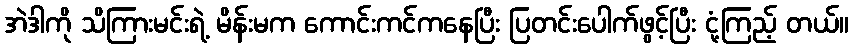
အဲဒါကို သိကြားမင်းရဲ့ မိန်းမက ကောင်းကင်ကနေပြီး ပြတင်းပေါက်ဖွင့်ပြီး ငုံ့ကြည့် တယ်။